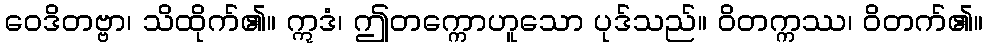
ဝေဒိတဗ္ဗာ၊ သိထိုက်၏။ ဣဒံ၊ ဤတက္ကောဟူသော ပုဒ်သည်။ ဝိတက္ကဿ၊ ဝိတက်၏။